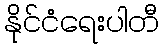
နိုင်ငံရေးပါတီ